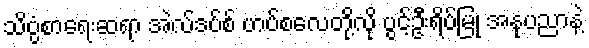
သိပ္ပံစာရေးဆရာ အဲလ်ဒပ်စ် ဟပ်စလေတို့လို ပွင့်ဦးရိပ်မြုံ အနုပညာနဲ့